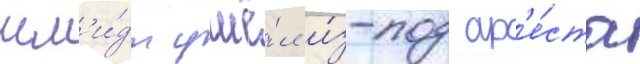
шм'и́дт ушё́л и́з-под ар'е́ста